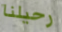
رحيلنا